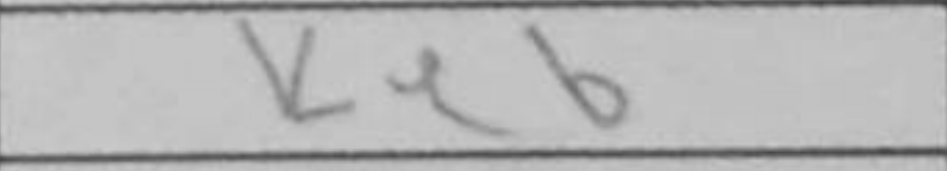
Transcription: Ke6